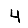
Digit: 4